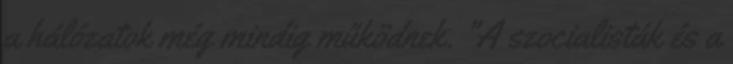
a hálózatok még mindig működnek. "A szocialisták és a